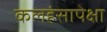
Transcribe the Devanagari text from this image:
कलहंसापेक्षा